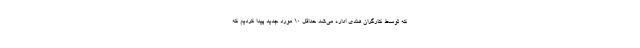
که توسط کارگران هندی اداره می‌شد حداقل ۱۰ مورد جدید پیدا کردیم که